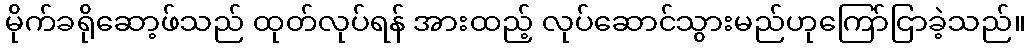
မိုက်ခရိုဆော့ဖ်သည် ထုတ်လုပ်ရန် အားထည့် လုပ်ဆောင်သွားမည်ဟုကြော်ငြာခဲ့သည်။